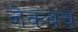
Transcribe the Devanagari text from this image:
जेकबचे